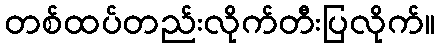
တစ်ထပ်တည်းလိုက်တီးပြလိုက်။